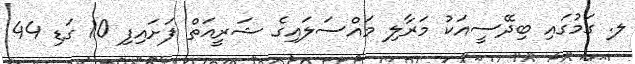
ލ. ގަމުގައި ބިދޭސީއަކު މަރާލި މައްސަލައިގެ ޝަރީއަތް ފަށައިފި 10 ގަޑި 44